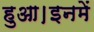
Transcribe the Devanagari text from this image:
हुआ।इनमें